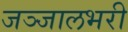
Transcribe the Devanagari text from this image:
जञ्जालभरी